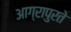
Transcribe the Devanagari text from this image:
आग्रापुरते